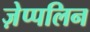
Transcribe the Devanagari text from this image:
ज़ेप्पलिन